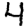
Digit: 4